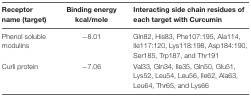
| Receptor name (target) | Binding energy kcal/mole | Interacting side chain residues of each target with Curcumin |
 | --- | --- | --- |
 | Phenol soluble modulins | -8.01 | Gln82, His83, Phe107:195, Ala114, Ile117:120, Lys118:198, Asp184:190, Ser185, Trp187, and Thr191 |
 | Curli protein | -7.06 | Val33, Gln34, Ile35, Gln50, Glu51, Lys52, Leu54, Leu56, Ile62, Ala63, Leu64, Thr65, and Lys66 |